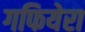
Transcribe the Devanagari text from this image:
गफियेरा